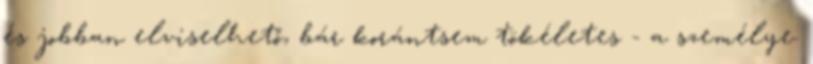
és jobban elviselhető, bár korántsem tökéletes - a személye.